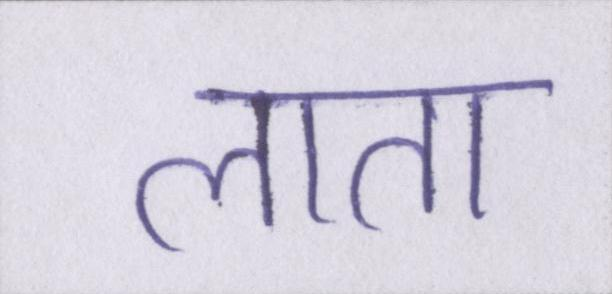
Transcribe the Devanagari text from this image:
लाता